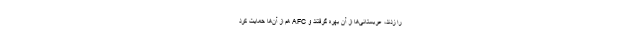
را زدند، عربستانی‌ها از آن بهره گرفتند و AFC هم از آن‌ها حمایت کرد